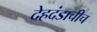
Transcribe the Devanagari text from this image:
देहदंडाचीच